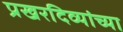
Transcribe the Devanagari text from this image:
प्रखरदिव्यांच्या